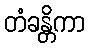
တံခန္တိကာ